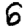
Digit: 6